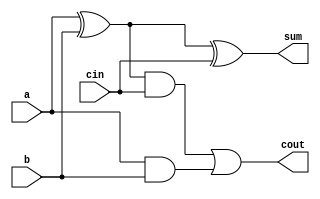
module full_adder (
    a,
    b,
    cin,
    cout,
    sum
);
  input a, b, cin;
  output cout, sum;

  wire w1, w2, w3;

  xor xor1 (sum, a, b, cin);  // sum = a ^ b ^ cin

  xor xor2 (w1, a, b);
  and and1 (w2, w1, cin);
  and and2 (w3, a, b);
  or or1 (cout, w2, w3);  // cout = (a & b) + cin & (a ^ b)

endmodule

`timescale 1ps / 1ps

module testbench;
  reg a, b, cin;
  wire cout, sum;

  full_adder dut (
      a,
      b,
      cin,
      cout,
      sum
  );

  initial begin

    #2{a, b, cin} = 3'b000;
    #2{a, b, cin} = 3'b001;
    #2{a, b, cin} = 3'b010;
    #2{a, b, cin} = 3'b011;
    #2{a, b, cin} = 3'b100;
    #2{a, b, cin} = 3'b101;
    #2{a, b, cin} = 3'b110;
    #2{a, b, cin} = 3'b111;

    #2 $finish;
  end

  initial
    $monitor(
        "time = %g, a = %b, b = %b, cin = %b, cout = %b, sum = %b", $time, a, b, cin, cout, sum
    );


endmodule

/*OUTPUT:
time = 0, a = x, b = x, cin = x, cout = x, sum = x
time = 2, a = 0, b = 0, cin = 0, cout = 0, sum = 0
time = 4, a = 0, b = 0, cin = 1, cout = 0, sum = 1
time = 6, a = 0, b = 1, cin = 0, cout = 0, sum = 1
time = 8, a = 0, b = 1, cin = 1, cout = 1, sum = 0
time = 10, a = 1, b = 0, cin = 0, cout = 0, sum = 1
time = 12, a = 1, b = 0, cin = 1, cout = 1, sum = 0
time = 14, a = 1, b = 1, cin = 0, cout = 1, sum = 0
time = 16, a = 1, b = 1, cin = 1, cout = 1, sum = 1 
*/